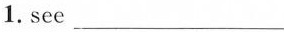
1. see ___